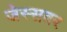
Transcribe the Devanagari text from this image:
जेस्सवर